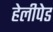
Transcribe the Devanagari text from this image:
हेलीपेड